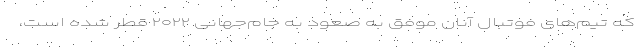
که تیم‌های فوتبال آنان موفق به صعود به جام‌جهانی ۲۰۲۲ قطر شده است،